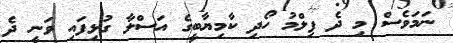
ނަމަވެސް މި ދެ ފިލްމު ހޯދި ކާމިޔާބީގެ އަސްލާ ގުޅިފައި ވަނީ ދެ